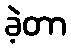
ခဲ့တာ